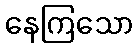
နေကြသော